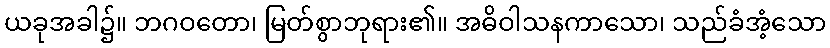
ယခုအခါ၌။ ဘဂဝတော၊ မြတ်စွာဘုရား၏။ အဓိဝါသနကာသော၊ သည်ခံအံ့သော